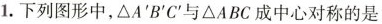
1.下列图形中， $$\DeltaA^{\prime}B^{\prime}C^{\prime}$$ 与ΔABC成中心对称的是